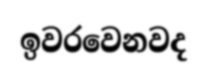
ඉවරවෙනවද